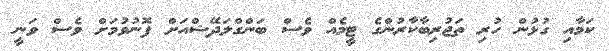
ކަމާއި ގުޅުން ހުރި ތަޖުރިބާކާރުންގެ ޓީމެއް ވެސް ބަންގްލަދޭޝްއަށް ފޮނުވުމަށް ވެސް ވަނީ